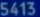
S5413